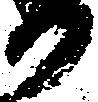
か